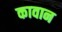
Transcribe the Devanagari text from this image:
कावान